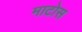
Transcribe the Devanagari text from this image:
माटोस